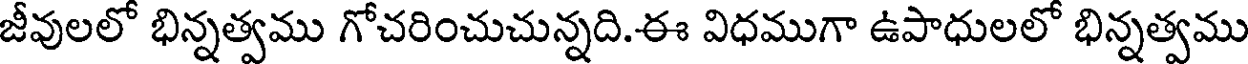
జీవులలో భిన్నత్వము గోచరించుచున్నది.ఈ విధముగా ఉపాధులలో భిన్నత్వము